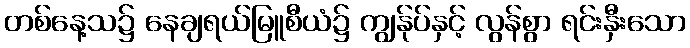
တစ်နေ့သ၌ နေချရယ်မြူစီယံ၌ ကျွန်ုပ်နှင့် လွန်စွာ ရင်းနှီးသော